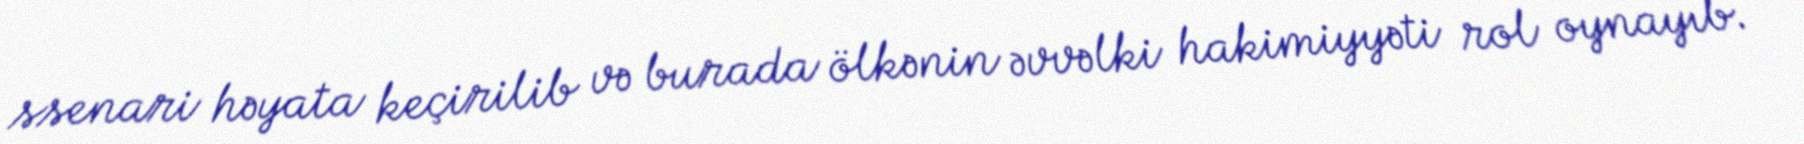
ssenari həyata keçirilib və burada ölkənin əvvəlki hakimiyyəti rol oynayıb.